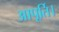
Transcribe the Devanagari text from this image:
आपूर्ति।